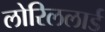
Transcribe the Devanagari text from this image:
लोरिललार्ड